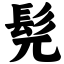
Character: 髡